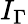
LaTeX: I_{\Gamma}